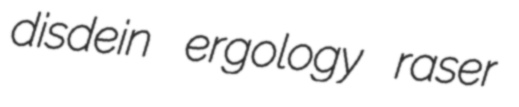
disdein ergology raser